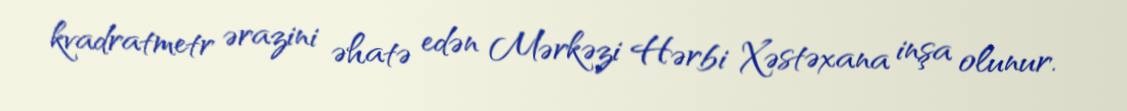
kvadratmetr ərazini əhatə edən Mərkəzi Hərbi Xəstəxana inşa olunur.